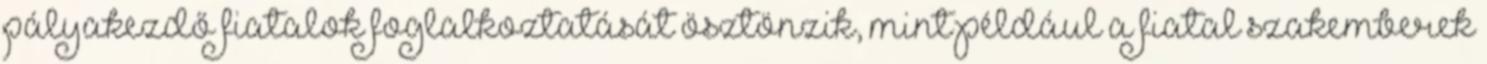
pályakezdő fiatalok foglalkoztatását ösztönzik, mint például a fiatal szakemberek